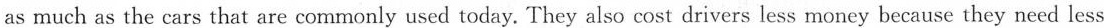
as much as the cars that are commonly used today. They also cost drivers less money because they need less